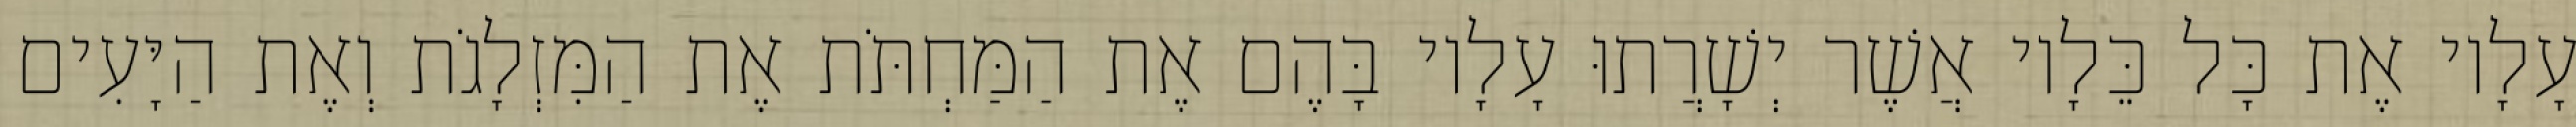
עָלָיו אֶת כָּל כֵּלָיו אֲשֶׁר יְשָׁרֲתוּ עָלָיו בָּהֶם אֶת הַמַּחְתֹּת אֶת הַמִּזְלָגֹת וְאֶת הַיָּעִים